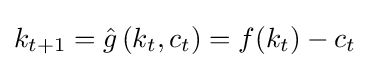
k_{t+1}={\hat {g}}\left(k_{t},c_{t}\right)=f(k_{t})-c_{t}